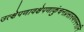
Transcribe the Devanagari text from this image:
उत्क्षेपणावक्षेपणाकुंचनप्रसारणगमनानि